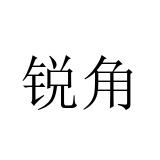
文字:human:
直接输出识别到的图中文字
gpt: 锐角